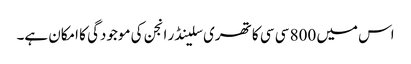
اس میں 800 سی سی کا تھری سلینڈر انجن کی موجودگی کا امکان ہے۔